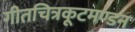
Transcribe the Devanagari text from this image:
गीतचित्रकूटमण्डन